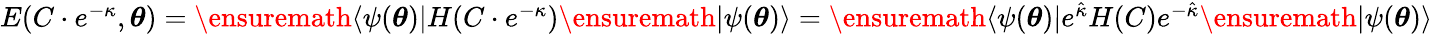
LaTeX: \begin{array}{r}{E(C\cdot e^{-\kappa},{\boldsymbol{\theta}})=\ensuremath{\langle{\psi({\boldsymbol{\theta}})}\rvert}H(C\cdot e^{-\kappa})\ensuremath{\lvert{\psi({\boldsymbol{\theta}})}\rangle}=\ensuremath{\langle{\psi({\boldsymbol{\theta}})}\rvert}e^{\hat{\kappa}}H(C)e^{-\hat{\kappa}}\ensuremath{\lvert{\psi({\boldsymbol{\theta}})}\rangle}}\end{array}